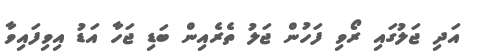
އަދި ޖަލުގައި ރޯވި ފަހުން ޖަލު ތެރެއިން ބަޑި ޖަހާ އަޑު އިވިފައިވާ